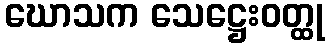
ဃောသက သေဋ္ဌေးဝတ္ထု